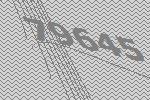
79645